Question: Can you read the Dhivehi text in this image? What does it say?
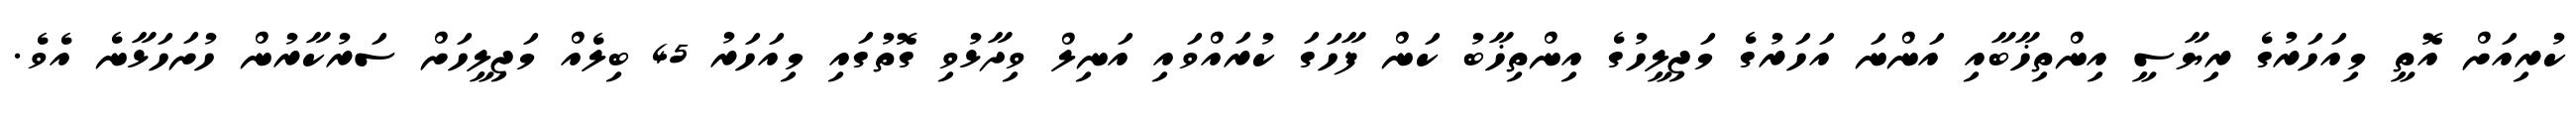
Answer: ކުރިއަށް އޮތީ މިއަހަރުގެ ރިޔާސީ އިންތިޚާބާއި އަންނަ އަހަރުގެ މަޖިލީހުގެ އިންތިޚާބު ކަން ފާހަގަ ކުރައްވައި އަނިލް ވިދާޅުވި ގޮތުގައި މިއަހަރު 45 ބިލެއް މަޖިލީހަށް ސަރުކާރުން ހުށަހަޅާނެ އެވެ.